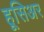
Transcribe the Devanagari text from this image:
हूसिअर